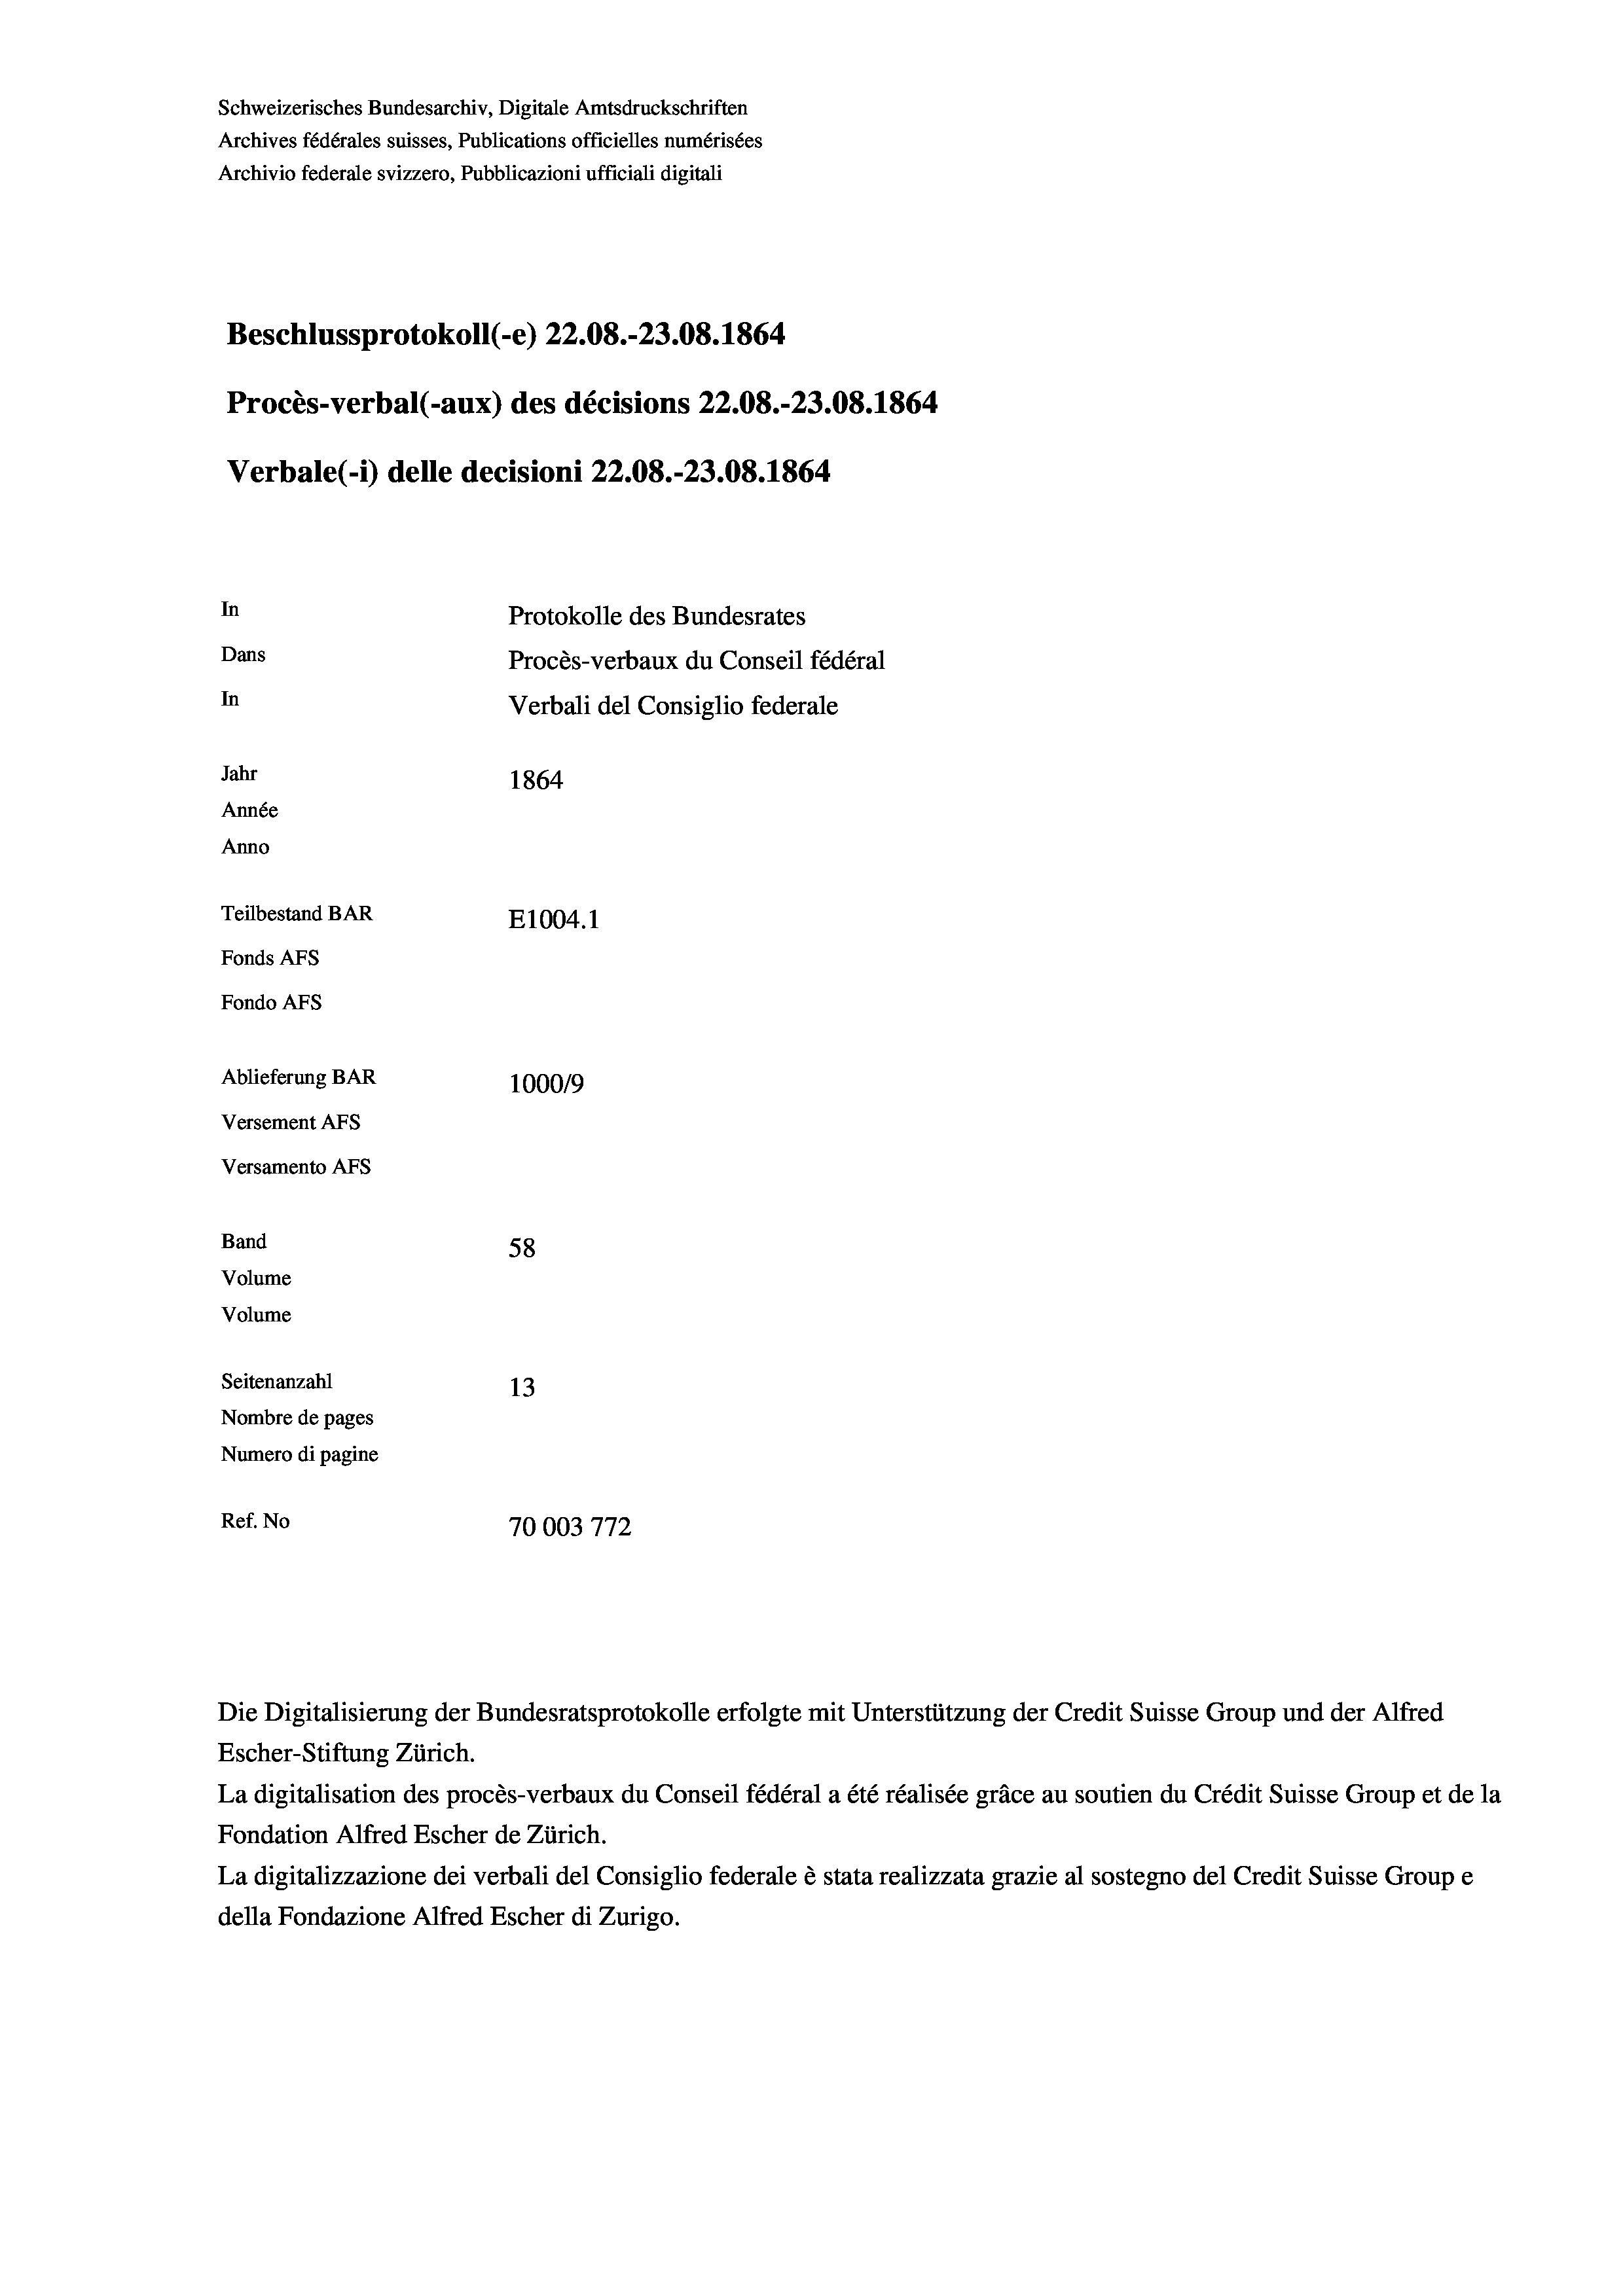
Beschlussprotokoll (-e) 22.08.-23.08. 1864
Verbale (- 1) delle decisioni 22.08.-23.08. 1864
In
Protokolle des Bundesrates
Dans
Procès-verbaux du Conseil fédéral
In
Verbali del Consiglio federale
Jahr
1864
Année
Anno
Teilbestand BAR
E1004. 1
Fonds AFs
Fondo AFs

Ablieferung BAR
Versement AFs
Versamento AFs
Band
Volume
Volume
Seitenanzahl
Nombre de pages

Schweizerisches Bundesarchiv, Digitale Amtsdruckschriften
Archives fédérales suisses, Publications officielles numérisées
Archivio federale svizzero, Pubblicazioni ufficiali digitali

Procès-verbal (-aux) des décisions 22.08.-23.08. 1864

1000/9
58
13
Numero di pagine
Ref. No
70003772

Escher-Stiftung Zürich.
La digitalisation des procès-verbaux du Conseil fédéral a été réalisée gräce au soutien du Crédit Suisse Group et de la
Fondation Alfred Escher de Zürich.
La digitalizzazione dei verbali del Consiglio federale è stata realizzata grazie al sostegno del Credit Suisse Groupe
della Fondazione Alfred Escher di Zurigo.

Die Digitalisierung der Bundesratsprotokolle erfolgte mit Unterstützung der Credit Suisse Group und der Alfred